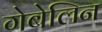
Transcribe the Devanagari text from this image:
गेबेलिन